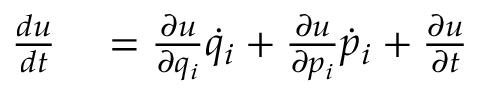
\begin{array} { r l } { { \frac { d u } { d t } } } & { { } = { \frac { \partial u } { \partial q _ { i } } } { \dot { q } } _ { i } + { \frac { \partial u } { \partial p _ { i } } } { \dot { p } } _ { i } + { \frac { \partial u } { \partial t } } } \end{array}